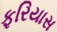
ફરિયાસ